65_HS1-834228961_62-HQ-83894_Section_1
Agency: FBI
Page 75
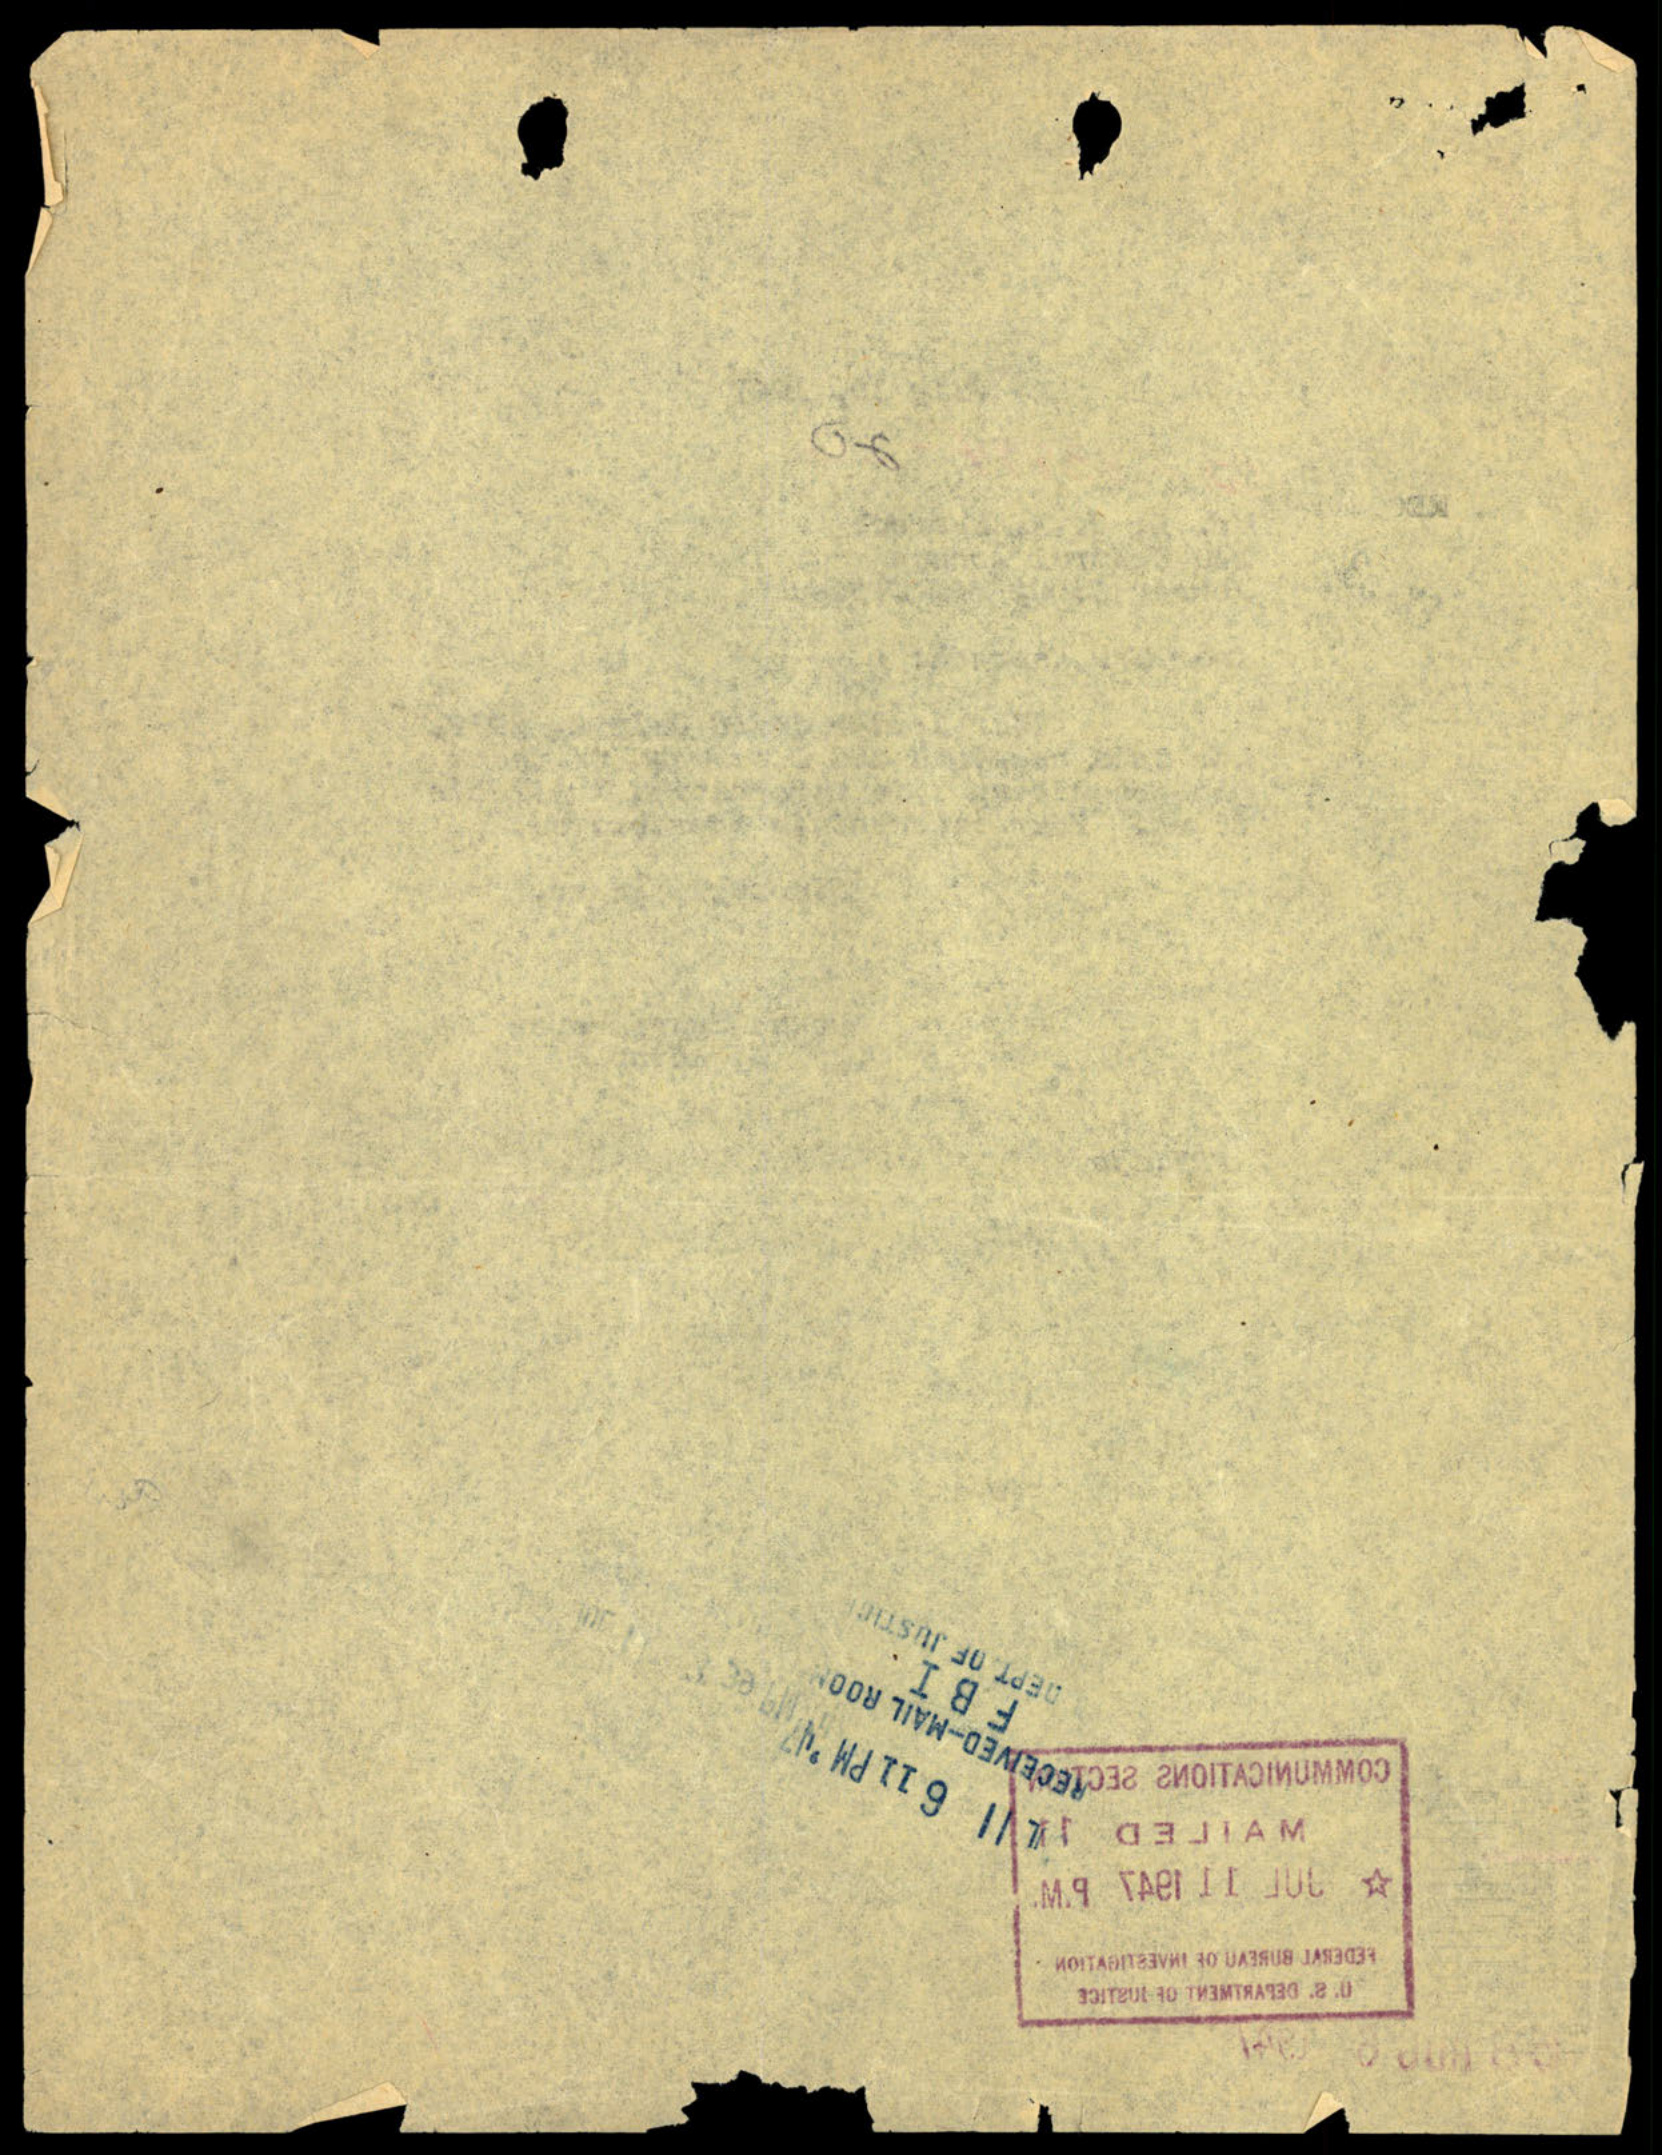